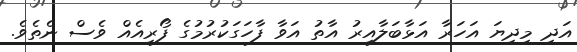
އަދި މިދިޔަ އަހަރާ އަޅާބަލާއިރު އާތު އަވާ ފާހަގަކުރުމުގެ ފޯރިއެއް ވެސް ނެތެވެ.